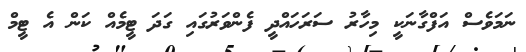
ނަމަވެސް އަފްގާނަކީ މިހާރު ސަރަހައްދީ ފެންވަރުގައި ގަދަ ޓީމެއް ކަން އެ ޓީމް